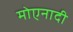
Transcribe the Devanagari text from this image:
मोएनादी